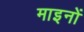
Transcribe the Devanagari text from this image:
माइनों